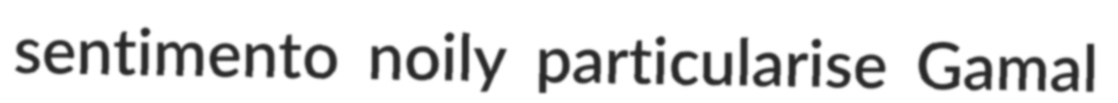
sentimento noily particularise Gamal